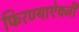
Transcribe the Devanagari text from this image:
फिरण्याऐवजी